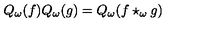
Q _ { \omega } ( f ) Q _ { \omega } ( g ) = Q _ { \omega } ( f \star _ { \omega } g )